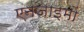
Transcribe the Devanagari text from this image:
एनजाइमों